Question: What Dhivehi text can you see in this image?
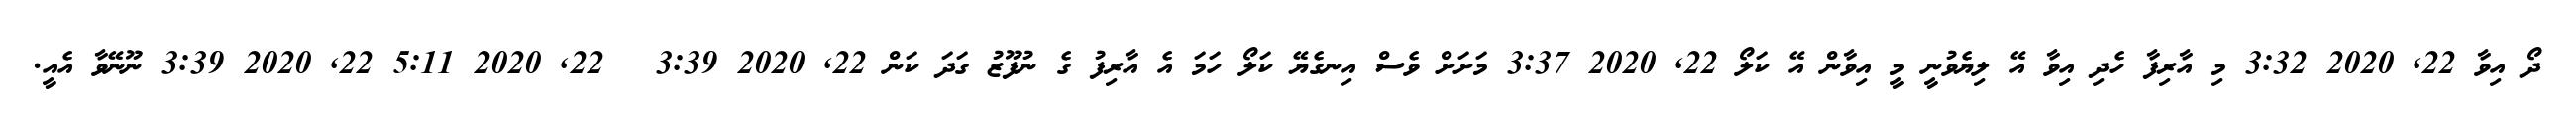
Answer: ދޯ އިވާ 22, 2020 3:32 މި އާރިފާ ހެދި އިވާ އޭ ލިޔެވުނީ މީ އިވާން އޭ ކަލޯ 22, 2020 3:37 މަށަށް ވެސް އިނގެޔޭ ކަލޯ ހަމަ އެ އާރިފު ގެ ނުފޫޒު ގަދަ ކަން 22, 2020 3:39 ? 22, 2020 5:11 22, 2020 3:39 ނޫނޭވާ އެއީ.